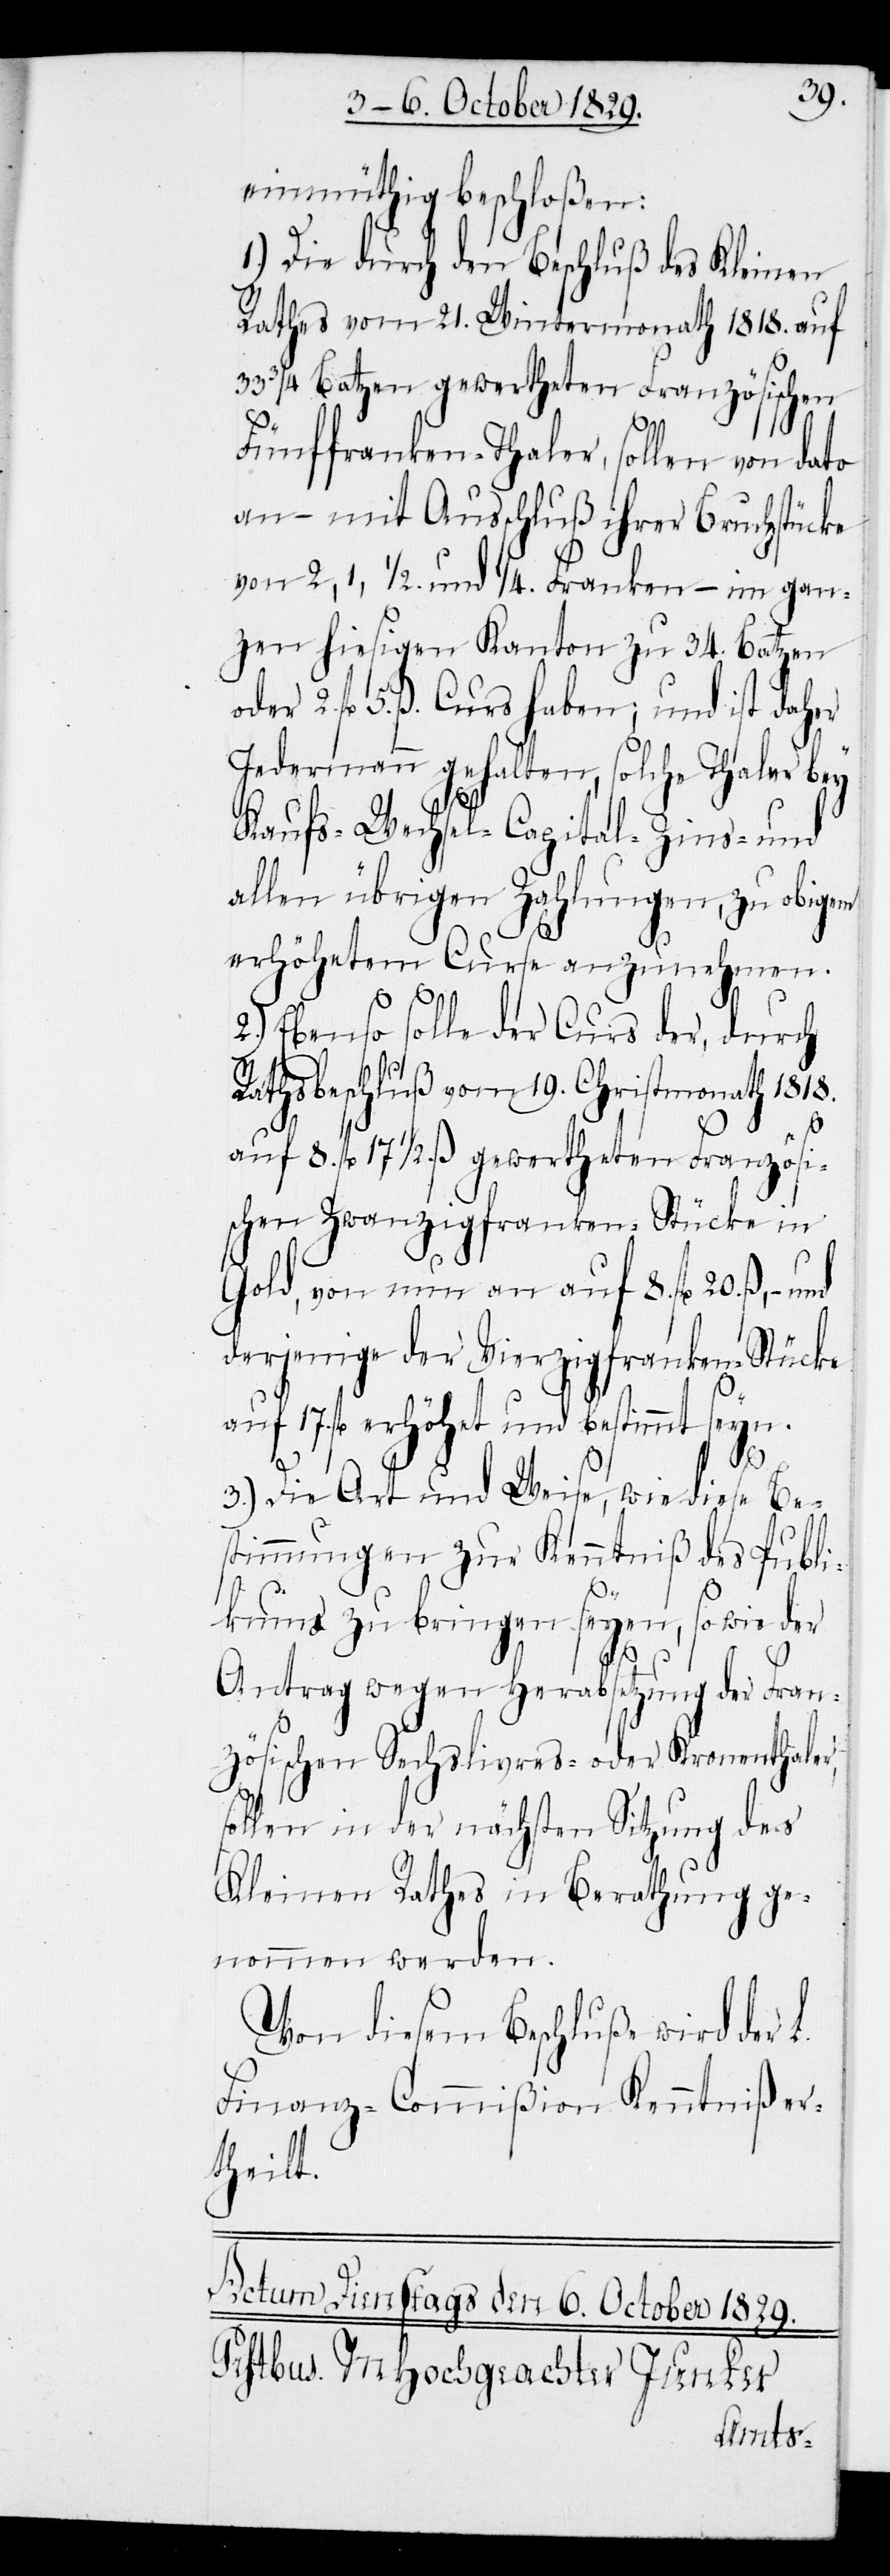
einmüthig beschloßen:
1.) Die durch den Beschluß des Kleinen
Rathes vom 21. Wintermonath 1818. auf
33 3/4 Batzen gewertheten Französischen
Fünffranken-Thaler, sollen von dato
an – mit Ausschluß ihrer Bruchstücke
von 2, 1, 1/2. und 1/4. Franken – im gan¬
zen hiesigen Kanton zu 34. Batzen
fl. 5. ß Curs haben; und ist daher
Jedermann gehalten, solche Thaler bey
Kaufs- Wechsel- Capital- Zins- und
allen übrigen Zahlungen, zu obigem
erhöhetem Curse anzunehmen.
2.) Ebenso solle der Curs der, durch
Rathsbeschluß vom 19. Christmonath 1818.
fl. 17 1/2. ß gewertheten Französi¬
schen Zwanzigfranken-Stücke in
Gold, von nun an auf 8. fl. 20. ß, und
derjenige der Vierzigfranken-Stücke
auf 17. fl. erhöhet und bestimmt seyn.
r,
3.) Die Art und Weise, wie diese Be¬
stimmungen zur Kenntniß des Publi¬
kums zu bringen seyen, so wie der
Antrag wegen Herabsetzung der Fran¬
zösischen Sechslivres- oder Kronenthale¬
sollen in der nächsten Sitzung des
Kleinen Rathes in Berathung ge¬
nommen werden.
Von diesem Beschluße wird der
Finanz-Commißion Kenntniß er¬
theilt.